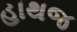
હાથજ